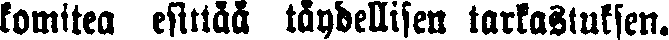
komitea esittää täydellisen tarkastuksen.